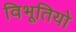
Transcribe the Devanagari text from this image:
विभूतियो